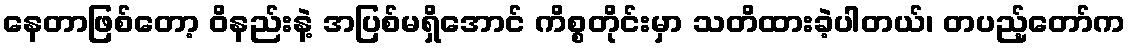
နေတာဖြစ်တော့ ဝိနည်းနဲ့ အပြစ်မရှိအောင် ကိစ္စတိုင်းမှာ သတိထားခဲ့ပါတယ်၊ တပည့်တော်က